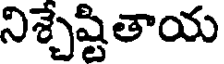
నిశ్చేష్టితాయ